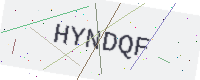
Text: HYNDQF